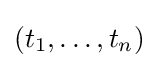
(t_{1},\ldots ,t_{n})